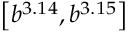
\left[ b ^ { 3 . 1 4 } , b ^ { 3 . 1 5 } \right]